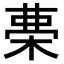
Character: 𣓝